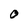
Character: O